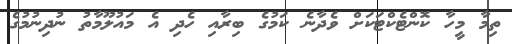
ތިމާ މީހާ ކޮންޓެކްޓަކަށް ވެދާނެ ކަމުގެ ބިރާއި ހެދި އެ މައުލޫމާތު ނުދިނުމުގެ